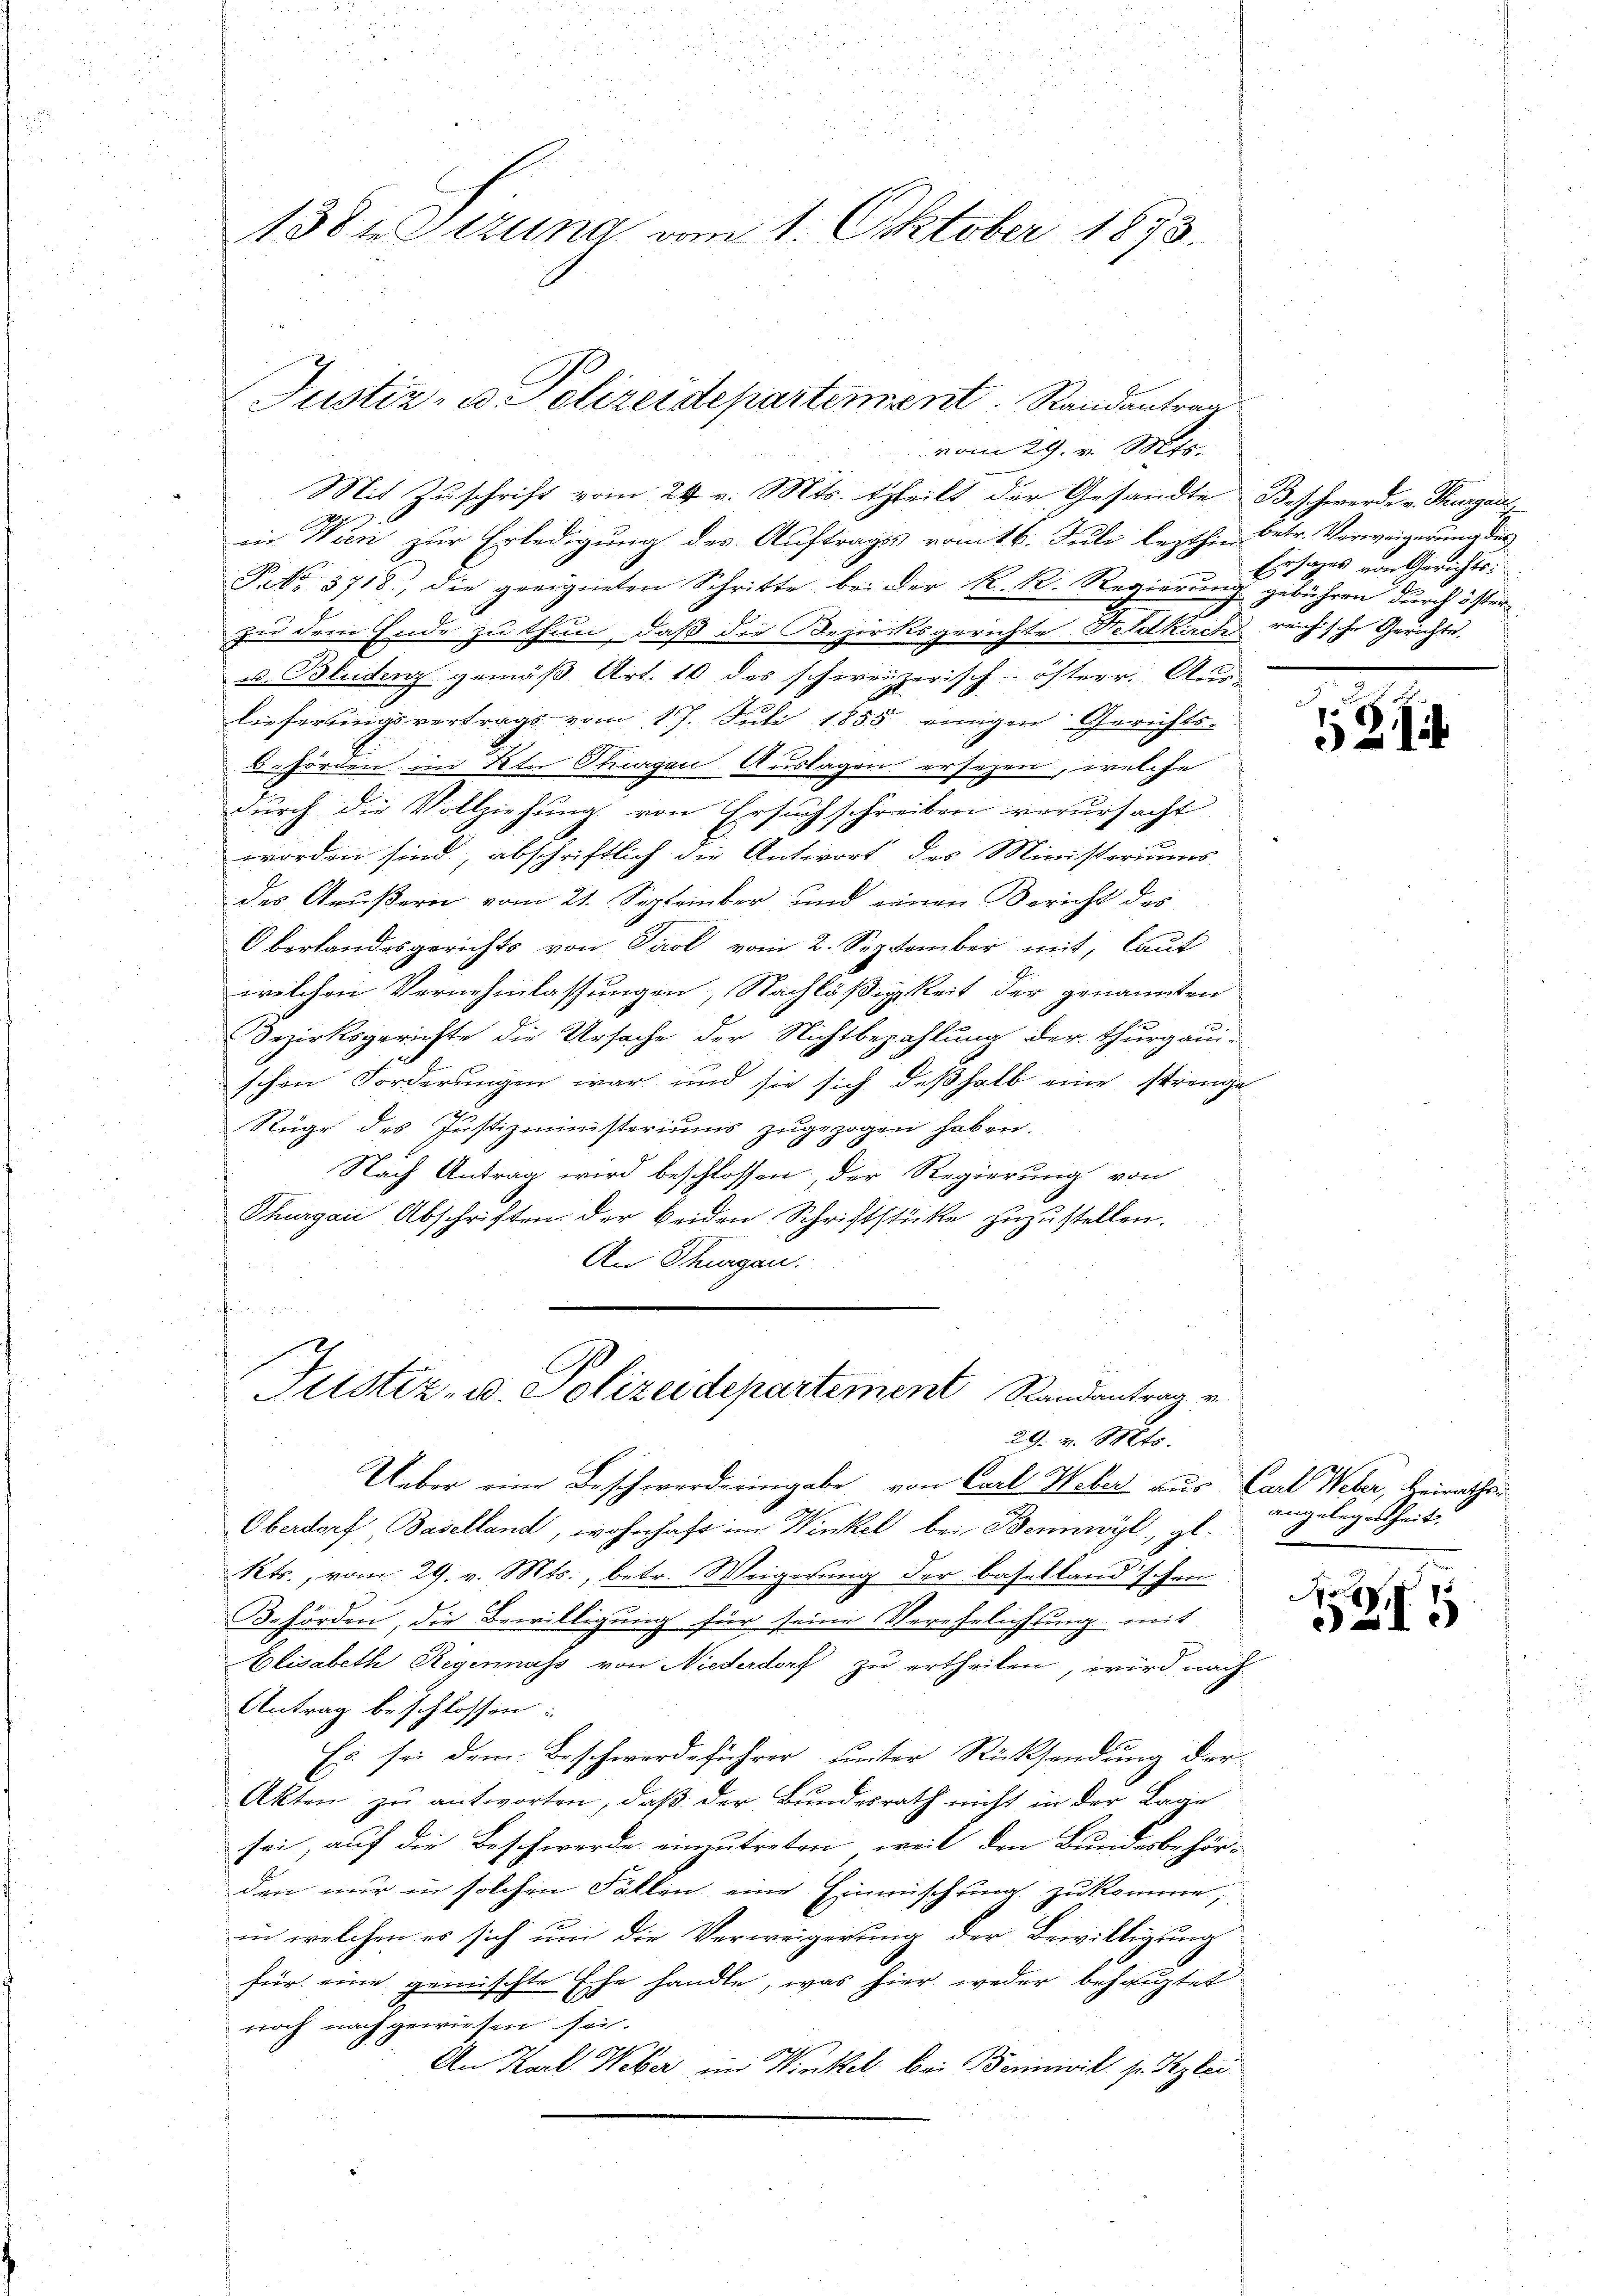
138te Sitzung vom 1. Oktober 1873.

Justiz- u. Polizeidepartement Randantrag
vom 29. v. Mts.

Justiz- u. Polizeidepartement Randantrag v
29. v. Mts.

Mit Zuschrift vom 24. v. Mts. theilt der Gesandte Beschwerde v. Thurgau
in Wien zur Erledigung des Auftrages vomit 6. Juli lezthin betr. Verweigerung des
NNo. 3718, die geeigneten Schritte bei der K. R. Regierungs gebühren durch öster
zu dem Ende zu thun, daß die Bezirksgerichte Feldkirch reichische Gerichte.
u. Bludenz gemäß Art. 10 des schweizerisch-österr. Aus-
lieferungsvertrags vom 17. Juli 1855 einigen Gerichts-
Behörden im Kt. Thurgau Auslagen ersezen, welche
durch die Vollziehung von Ersuch schreiben verursacht
worden sind, abschriftlich die Antwort des Ministeriums
des Grußern vom 21. September und einen Bericht des
Oberlandesgerichts von Tirol vom 2. September mit, laut
welchen Vernehmlassungen, Nachläßigkeit der genannten
Bezirksgerichte die Ursache der Nichtbezahlung der Thurgau-
schen Forderungen war und sie sich deßhalb eine strenge
Rüge des Justizministeriums zugezogen haben.
Nach Antrag wird beschlossen, der Regierung von
Thurgau Abschriften der beiden Schriftstücke zuzustellen.
An Thurgau.

Ueber eine Beschwerde eingabe von Carl Weber aus Carl Weber, Heiraths¬
Oberdorf, Baselland, wohnhaft im Winkel bei Bennwyl, gl.
Kts. vom 29. v. Mts., betr. Weigerung der Basellandschen.
Behörden, die Bewilligung für seine Verehelichsung mit
Elisabeth Regennass von Niederdorf zu ertheilen, wird nach
Antrag beschlossen:
Es sei dem Beschwerdeführer unter Rücksendung der
Akten zŭ antworten, daβ der Bŭndesrath nicht in der Lage
sei, auf die Beschwerde einzutreten, weil den Bundesbehörden nur in solchen Fällen eine Einmischung zukomme,
in welchen es sich um die Verweigerung der Bewilligung
für eine gemischte Ehe handle, was hier weder behauptet
noch nach gewiesen sei.
An Karl Weber im Winkel bei Bennwil zu glei

Ersatzes von Gerichts

Z. 1

angelegenheit.

ang
52I5